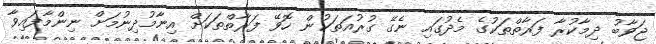
ޖަވާބު ދިމާކުރާ ފަރާތްތަކުގެ މެދުގައި ނެގޭ ގުރުއަތަކުން ހޮވޭ ފަރާތްތަކަށް އިނާމުދިނުމަށް ނިންމާފައިވާ